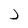
Character: J